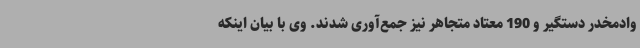
وادمخدر دستگیر و 190 معتاد متجاهر نیز جمع‌آوری شدند. وی با بیان اینکه